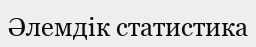
Әлемдік статистика